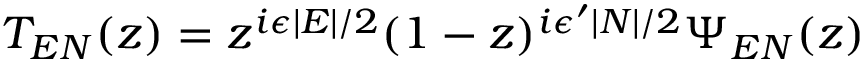
T _ { E N } ( z ) = z ^ { i \epsilon \mid E \mid / 2 } ( 1 - z ) ^ { i \epsilon ^ { \prime } \mid N \mid / 2 } \Psi _ { E N } ( z )